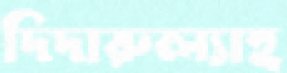
দিদারুল্যাহ